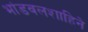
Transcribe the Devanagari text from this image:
भांडवलशाहिने